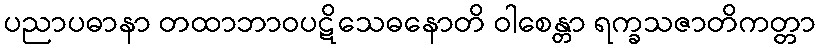
ပညာပဓာနာ တထာဘာဝပဋိသေဓနောတိ ဝါစေန္တာ ရက္ခသဇာတိကတ္တာ